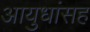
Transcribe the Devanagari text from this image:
आयुधांसह